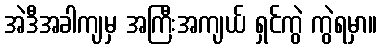
အဲဒီအခါကျမှ အကြီးအကျယ် ရှင်ကွဲ ကွဲရမှာ။